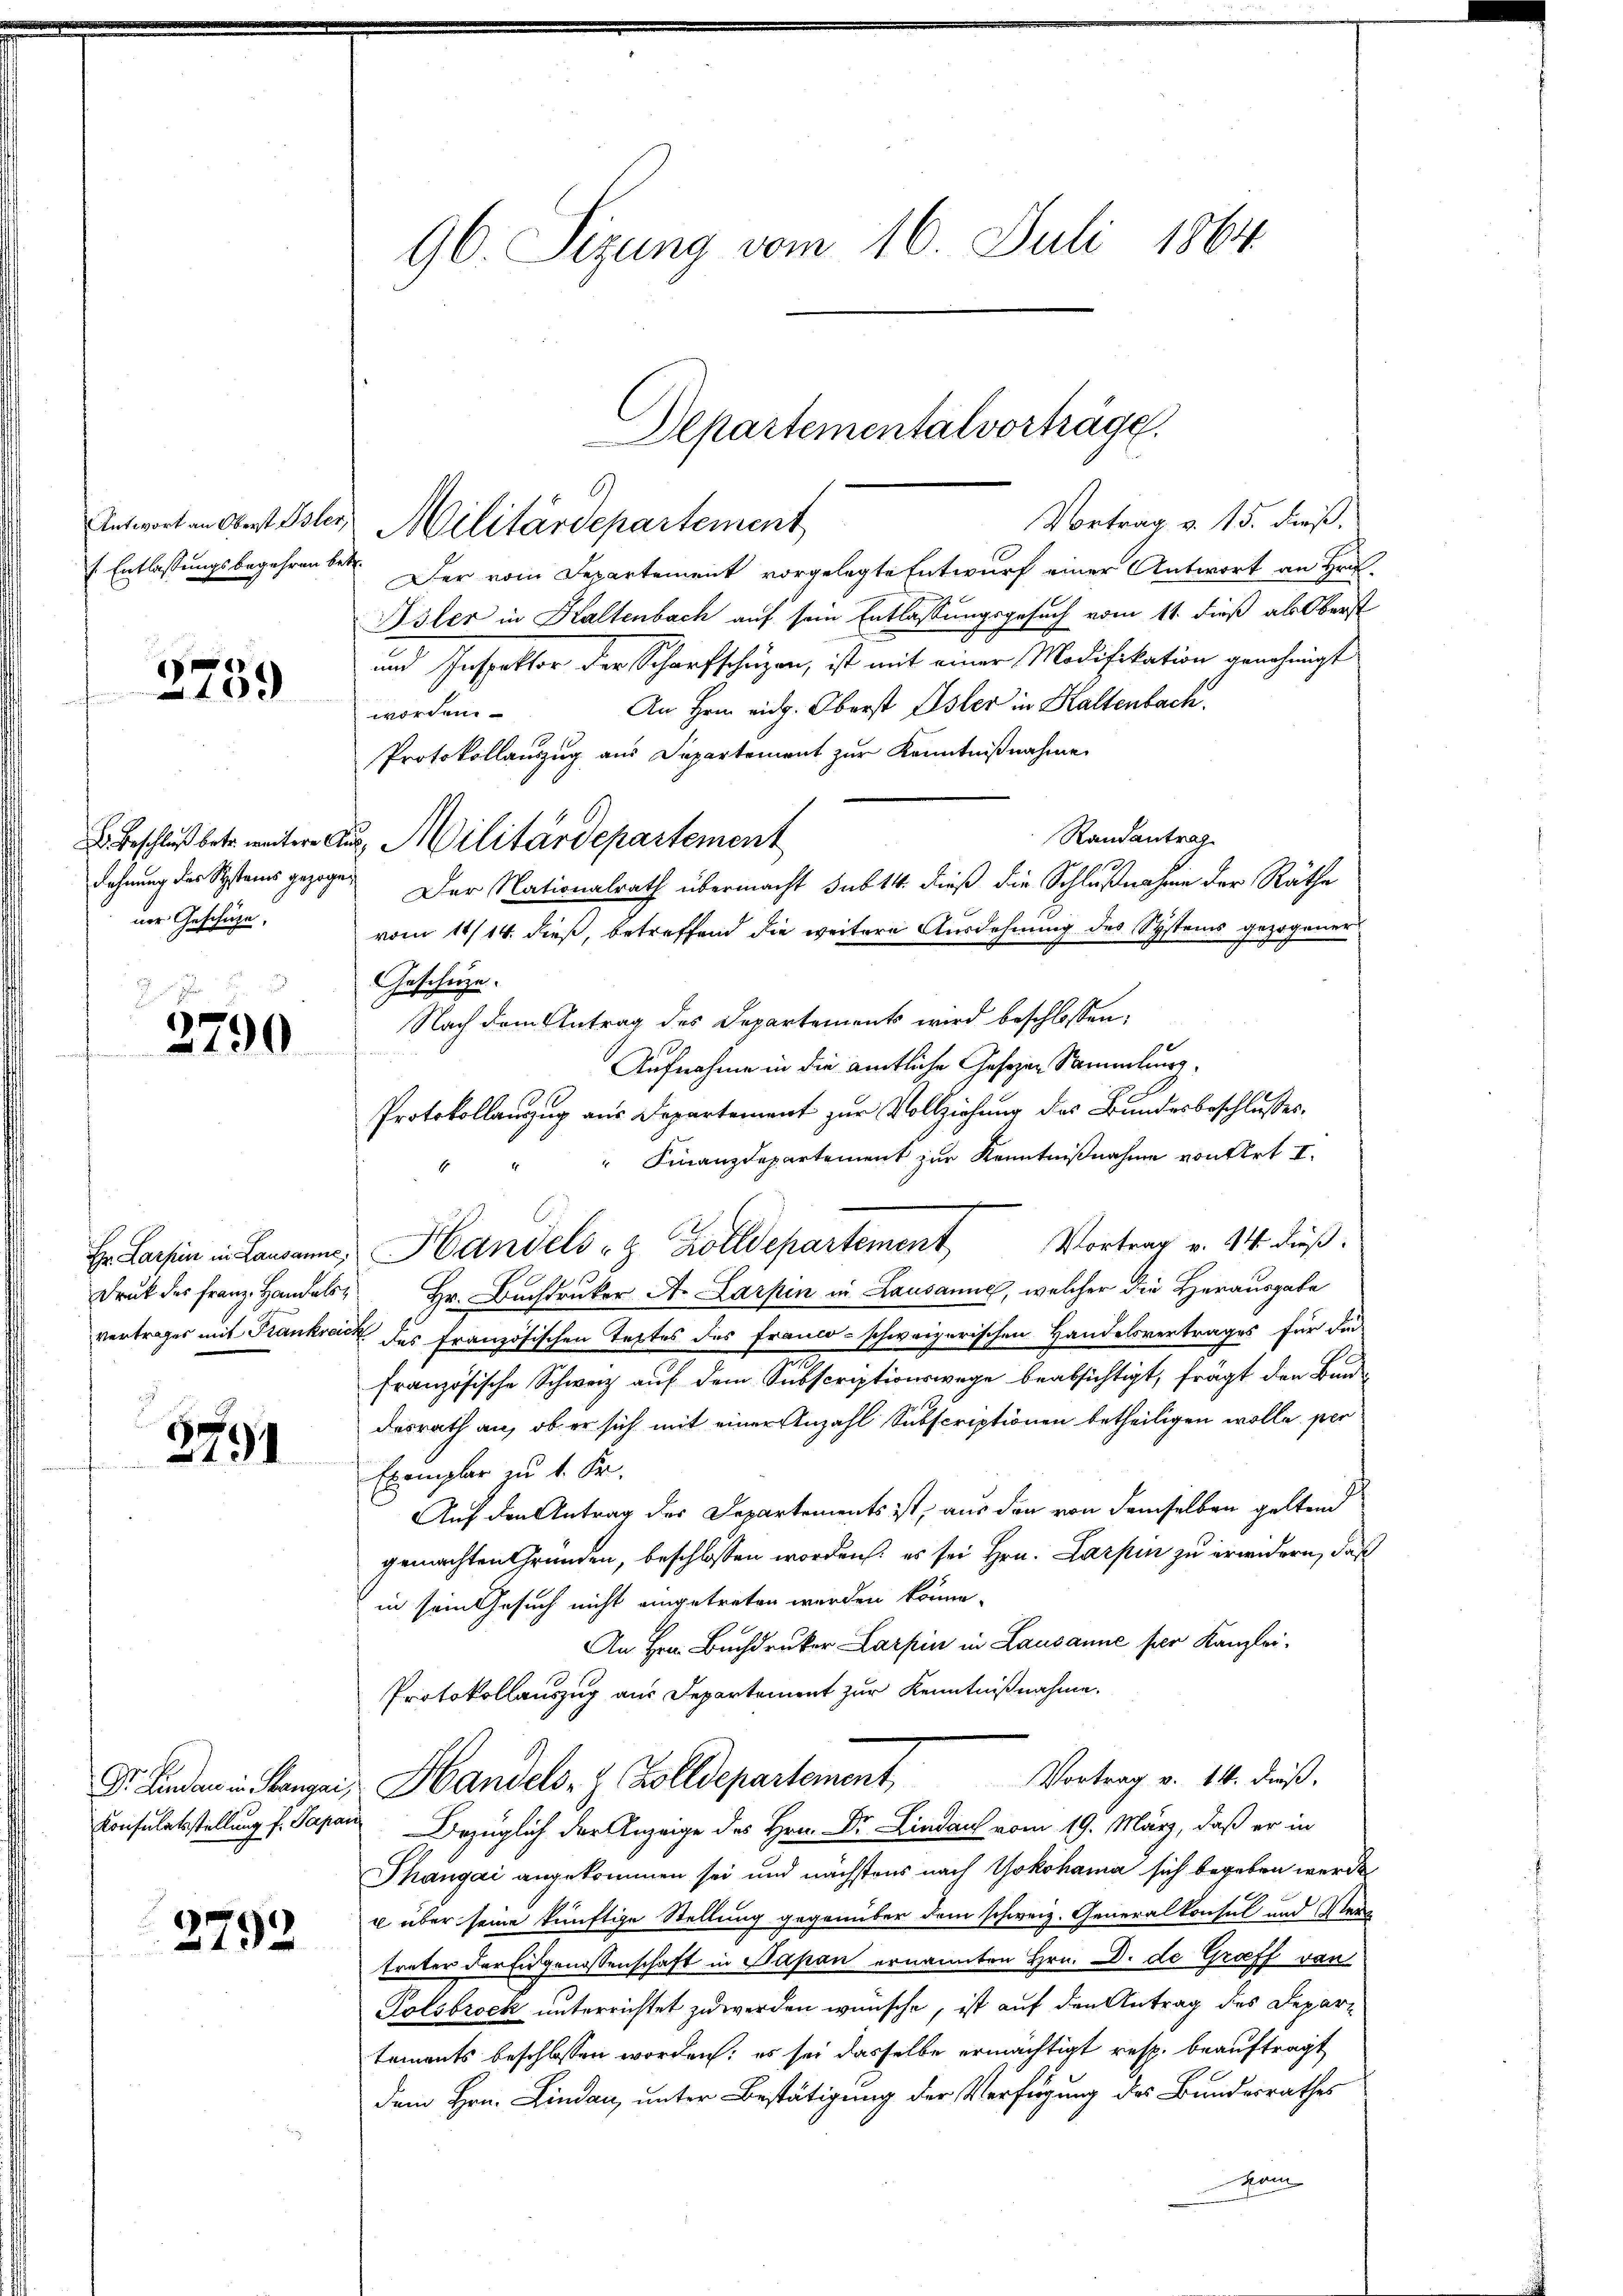
Antwort an Oberst Isle
s. Entlassungsbegehren be

1
100

s

D. Beschluß betr. weitere E
Dahnung des Systems gezoge
ner Geschüze,

2790

d

Hr. Larpin in Lausanne,
Druk des Franz Handelsvertrages mit Frankreic

2791

2792

96. Sizung vom 16. Juli 1864

Vortrag v. 15. dieß.
Militärdepartement
. Der vom Departement vorgelegte Entwurf einer Antwort an Hrn.
Isler in Haltenbach auf sein Entlassungsgesuch vom 11. dieß als Oberst
und Inspektor der Scharfschuzen, ist mit einer Modifikation genehmigt
An Hrn. eidg. Oberst Eisler in Haltenbach.
worden.
Protokollauszug aus Departement zur Kenntnißnahme
Randantrag
u. Militärdepartement
Der Nationalrath übermacht sub 14. dieß die Schlußnahme der Räthe
vom 11/14. dieß, betreffend die weitere Ausdehnung des Systems gezogener
Geschütze.
Nach dem Antrag des Departement wird beschlossen,
Aufnahme in die amtliche Gesezen Sammlung,
Protokollanzzug aus Departement zur Vollziehung des Bundesbeschlusses.
" Finanzdepartement zur Kenntnißnahme von Art I.
4
Handels- & Zolldepartement Vortrag v. 14. dieß.
Hr. Buchdruker A. Karpen in Lausanne, welcher die Herausgabe
X. Des französischen Textes des Franco-schweizerischen Handelsvertrages für die
französische Schweiz auf dem Subscriptionswege beabsichtigt, frägt den Band-
desrath an, ob er sich mit einer Anzahl Subscriptionen betheiligen wolle, per
Exemplar zu 1. Fr.
Auf den Antrag des Departements ist, aus den von demselben geltend
gemachten Gründen, beschlossen worden, es sei Hrn. Larpin zu erwidern, daß
in sein Gesuch nicht eingetreten werden könne.
An Hrn. Buchdruker Larpin in Lausanne per Kanzlei.
Protokollauszug aus Departement zur Kenntnißnahme.
Vortrag v. 14. dieß,
Dr. Lindau in Stanger, Handels- & Zolldepartement
Consulatsstellung u. Papan Bezüglich der Anzeige des Hrn. Dr. Lindau vom 19. März, daß er in
Thángai angekommen sei und nächstens nach Yokohama sich begeben werde
u über seine künftige Stellung gegenüber dem schweiz. Generalkonsul und Vertreter der Eidgenossenschaft in Papan ernannten Hrn. D. de Groff von
Polsbrock unterrichtet zu werden wünsche, ist auf den Antrag des Depar
tements beschlossen worden; es sei dasselbe ermächtigt resp. beauftragt
dem Hrn. Lindau, unter Bestätigung der Verfügung des Bundesrathes
kom

Departementalvorträge.
9